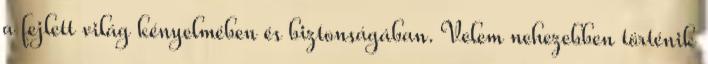
a fejlett világ kényelmében és biztonságában. Velem nehezebben történik